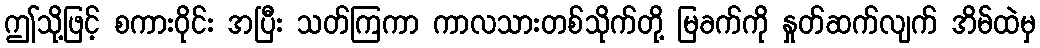
ဤသို့ဖြင့် စကားဝိုင်း အပြီး သတ်ကြကာ ကာလသားတစ်သိုက်တို့ မြခက်ကို နှုတ်ဆက်လျက် အိမ်ထဲမှ